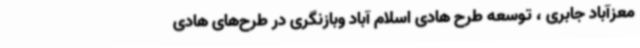
معزآباد جابری ، توسعه طرح هادی اسلام آباد وبازنگری در طرح‌های هادی